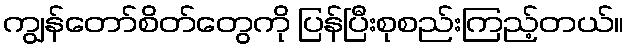
ကျွန်တော်စိတ်တွေကို ပြန်ပြီးစုစည်းကြည့်တယ်။